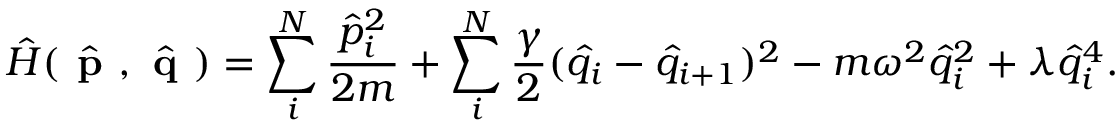
\hat { H } ( \hat { \textbf { p } } , \hat { \textbf { q } } ) = \sum _ { i } ^ { N } \frac { \hat { p } _ { i } ^ { 2 } } { 2 m } + \sum _ { i } ^ { N } \frac { \gamma } { 2 } ( \hat { q } _ { i } - \hat { q } _ { i + 1 } ) ^ { 2 } - m \omega ^ { 2 } \hat { q } _ { i } ^ { 2 } + \lambda \hat { q } _ { i } ^ { 4 } .